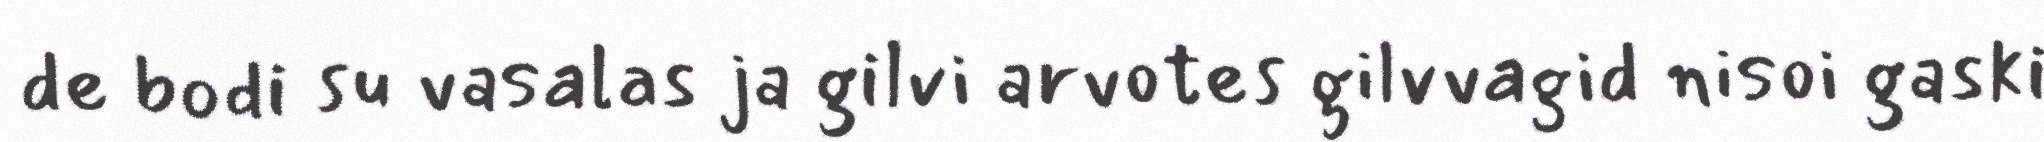
de bodi su vasalas ja gilvi arvotes gilvvagid nisoi gaski